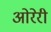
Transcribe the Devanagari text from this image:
ओरेरी